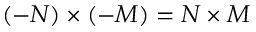
( - N ) \times ( - M ) = N \times M